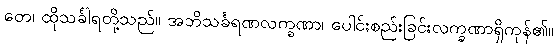
တေ၊ ထိုသင်္ခါရတို့သည်။ အဘိသင်္ခရဏလက္ခဏာ၊ ပေါင်းစည်းခြင်းလက္ခဏာရှိကုန်၏။